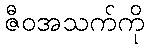
ဇီဝအသက်ကို